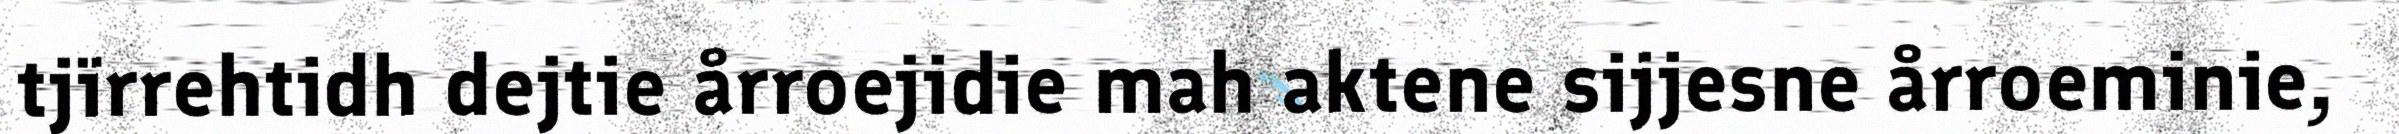
tjïrrehtidh dejtie årroejidie mah aktene sijjesne årroeminie,